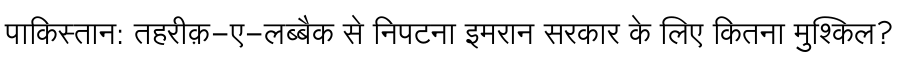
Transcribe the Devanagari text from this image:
पाकिस्तान: तहरीक़-ए-लब्बैक से निपटना इमरान सरकार के लिए कितना मुश्किल?